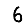
Digit: 6